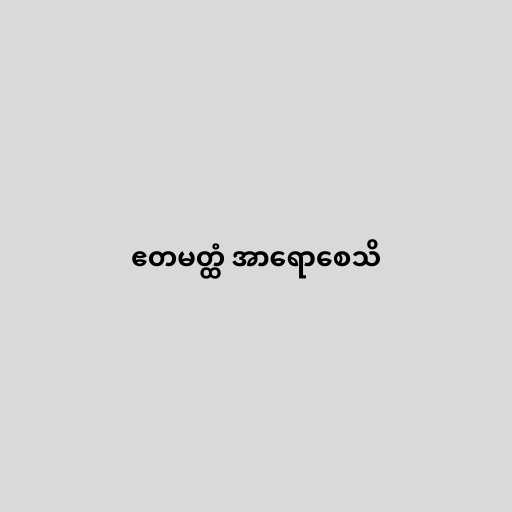
ဧတမတ္ထံ အာရောစေသိ